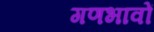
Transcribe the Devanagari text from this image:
गणभावों